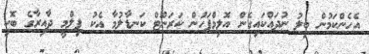
އެހެންކަމުން ބިލު ނުދައްކައިގެން އޮލިމްޕަހުން ކަރަންޓް ކަނޑާލުމާ އެކު ފިލްމީ ދާއިރާގެ ބޮކި